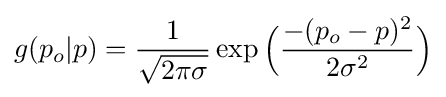
g(p_{o}|p)={\dfrac {1}{\sqrt {2\pi \sigma }}}\exp {{\Big (}{\dfrac {-(p_{o}-p)^{2}}{2\sigma ^{2}}}{\Big )}}